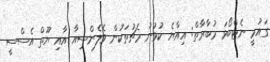
ގައުމީ ނެޓްބޯޅަ މުބާރާތް: އިއްޔެ ކުޅުނު މެޗުތަކުން ވެލެންސިއާ އާއި ޔޫތް އެސްސީ